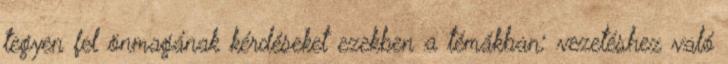
tegyen fel önmagának kérdéseket ezekben a témákban: vezetéshez való